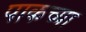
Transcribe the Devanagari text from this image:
पाकच्या